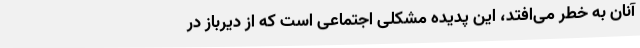
آنان به خطر می‌افتد، این پدیده مشکلی اجتماعی است که از دیرباز در